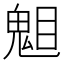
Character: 𱳆